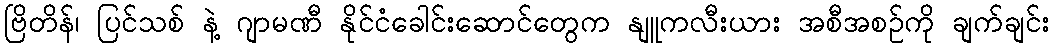
ဗြိတိန်၊ ပြင်သစ် နဲ့ ဂျာမဏီ နိုင်ငံခေါင်းဆောင်တွေက နျူကလီးယား အစီအစဉ်ကို ချက်ချင်း